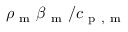
\rho _ { \mathrm { ~ m ~ } } \beta _ { \mathrm { ~ m ~ } } / c _ { \mathrm { ~ p ~ , ~ m ~ } }